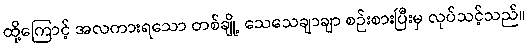
ထို့ကြောင့် အလကားရသော တစ်ချို့ သေသေချာချာ စဉ်းစားပြီးမှ လုပ်သင့်သည်။